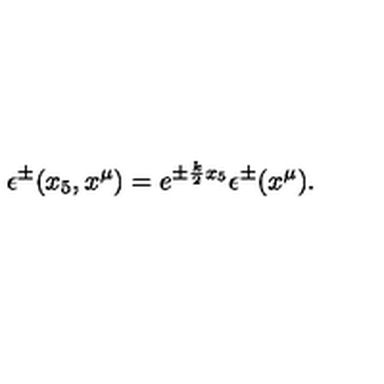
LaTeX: \epsilon ^ { \pm } ( x _ { 5 } , x ^ { \mu } ) = e ^ { \pm \frac { k } { 2 } x _ { 5 } } \epsilon ^ { \pm } ( x ^ { \mu } ) .